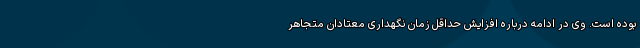
بوده است. وی در ادامه درباره افزایش حداقل زمان نگهداری معتادان متجاهر